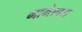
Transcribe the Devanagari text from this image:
मामेश्‍वरा